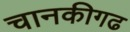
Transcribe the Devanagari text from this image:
चानकीगढ